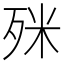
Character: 𣧲